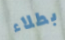
بطلاء